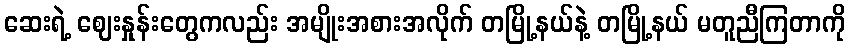
ဆေးရဲ့ ဈေးနှုန်းတွေကလည်း အမျိုးအစားအလိုက် တမြို့နယ်နဲ့ တမြို့နယ် မတူညီကြတာကို